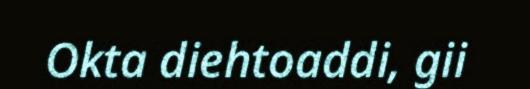
Okta diehtoaddi, gii